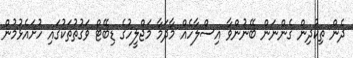
ދެން ތިކުދިން ގެންނަން ބޭނުންވާ އިސްލާހެއް މާދަމާ މަޖްލީހުގެ ޑިބޭޓް ވަގުތުތަކުގައި ހުށައެޅުމުން